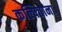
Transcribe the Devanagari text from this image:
कल्पिताना